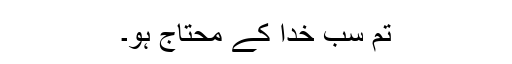
تم سب خدا کے محتاج ہو۔